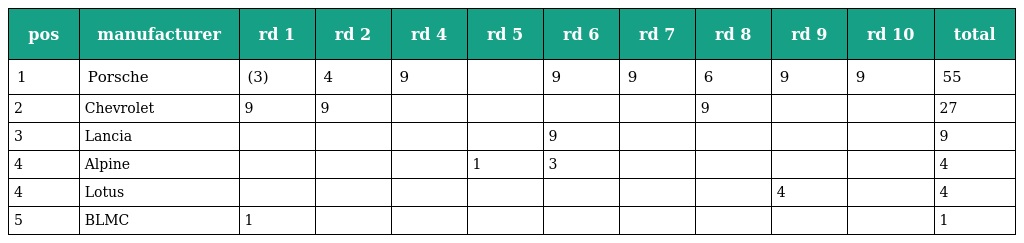
| pos | manufacturer | rd 1 | rd 2 | rd 4 | rd 5 | rd 6 | rd 7 | rd 8 | rd 9 | rd 10 | total |
 | --- | --- | --- | --- | --- | --- | --- | --- | --- | --- | --- | --- |
 | 1 | Porsche | (3) | 4 | 9 |  | 9 | 9 | 6 | 9 | 9 | 55 |
 | 2 | Chevrolet | 9 | 9 |  |  |  |  | 9 |  |  | 27 |
 | 3 | Lancia |  |  |  |  | 9 |  |  |  |  | 9 |
 | 4 | Alpine |  |  |  | 1 | 3 |  |  |  |  | 4 |
 | 4 | Lotus |  |  |  |  |  |  |  | 4 |  | 4 |
 | 5 | BLMC | 1 |  |  |  |  |  |  |  |  | 1 |